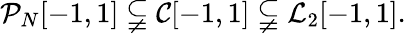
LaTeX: \mathcal{P}_{N}[-1,1]\subsetneqq\mathcal{C}[-1,1]\subsetneqq\mathcal{L}_{2}[-1,1].